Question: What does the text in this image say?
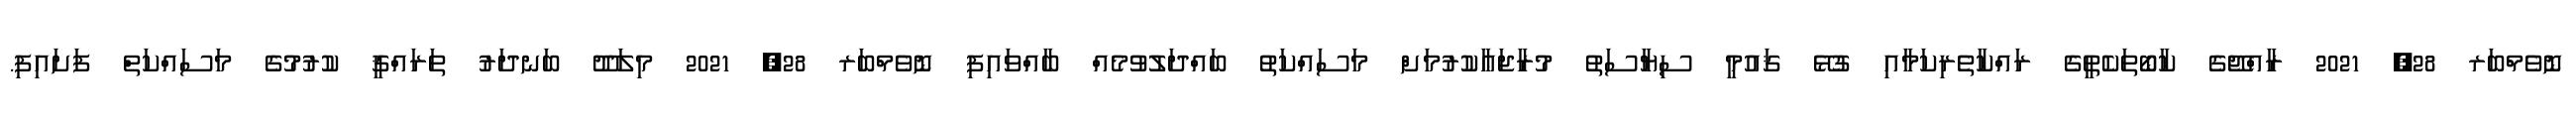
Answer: ނޮވެމްބަރ 28, 2021 ރާއްޖޭގެ ކާބޯތަކެތީގެ ރައްކާތެރިކަމާއި ގުޅޭ ޤައުމީ ސިޔާސަތު މުރާޖަޢާކުރުމަށް މަސައްކަތު ބައްދަލުވުމެއް ބާއްވައިފި ނޮވެމްބަރ 28, 2021 މިލަދޫ ބަނދަރު ތަރައްޤީ ކުރުމުގެ މަސައްކަތް ފަށައިފި.